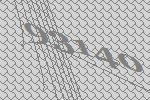
93140